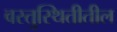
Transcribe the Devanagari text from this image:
वस्तुस्थितीतील